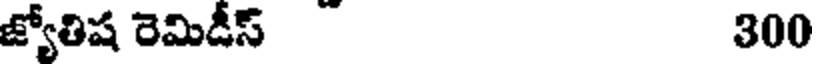
జ్యోతిష రెమిడీస్ 300